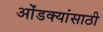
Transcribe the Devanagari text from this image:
ओंडक्यांसाठी